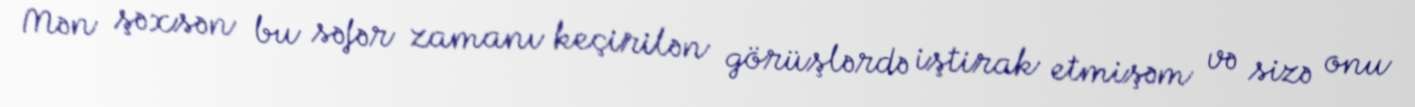
Mən şəxsən bu səfər zamanı keçirilən görüşlərdə iştirak etmişəm və sizə onu